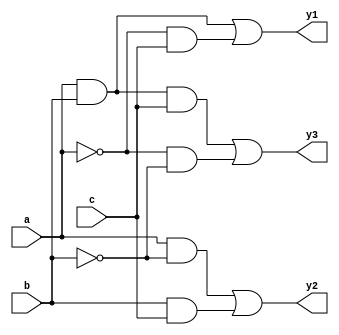
module common_logic(
    input wire a,
    input wire b,
    input wire c,
    output wire y1,
    output wire y2,
    output wire y3
);

    // Intermediate variables to hold common sub-expressions
    wire ab;         // Common sub-expression for a AND b
    wire bc;         // Common sub-expression for b AND c
    wire not_a;      // Complement of a
    wire not_b;      // Complement of b

    // Compute common sub-expressions
    assign ab = a & b;
    assign bc = b & c;
    assign not_a = ~a;
    assign not_b = ~b;

    // Output logic using common sub-expressions
    assign y1 = ab | (not_a & c);         // Output 1 logic
    assign y2 = (a & not_b) | bc;         // Output 2 logic
    assign y3 = (ab & c) | (not_a & not_b); // Output 3 logic

endmodule